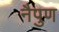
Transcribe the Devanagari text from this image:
नैपुण